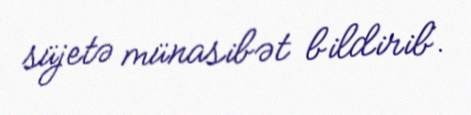
süjetə münasibət bildirib.